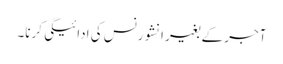
آجر کے بغیر انشورنس کی ادائیگی کرنا۔